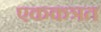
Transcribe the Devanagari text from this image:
एककत्रत